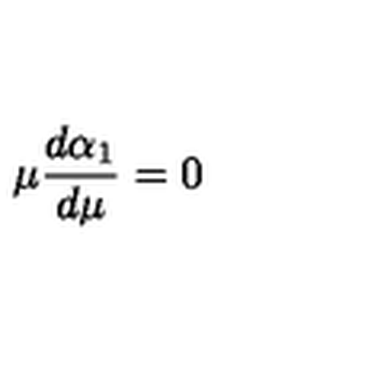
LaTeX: \mu { \frac { d \alpha _ { 1 } } { d \mu } } = 0